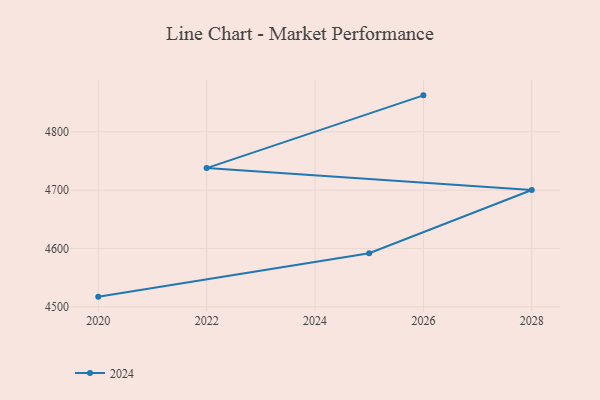
{"axis": {"x": "Year", "y": "Backlog"}, "legend": ["2024"], "data": [{"x": "2026", "y": 4862.7, "type": "2024"}, {"x": "2022", "y": 4737.9, "type": "2024"}, {"x": "2028", "y": 4700.3, "type": "2024"}, {"x": "2025", "y": 4591.8, "type": "2024"}, {"x": "2020", "y": 4517.3, "type": "2024"}]}